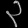
Digit: ၃